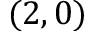
( 2 , 0 )